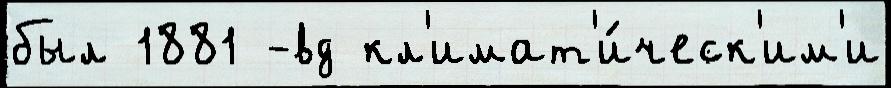
был 1881 -вд кл'имат'и́ческ'им'и